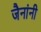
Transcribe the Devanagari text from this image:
जैनांनी